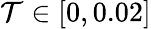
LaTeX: \mathcal{T}\in\left[0,0.02\right]